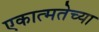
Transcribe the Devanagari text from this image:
एकात्मतेच्या